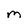
Character: m